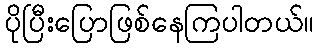
ပိုပြီးပြောဖြစ်နေကြပါတယ်။